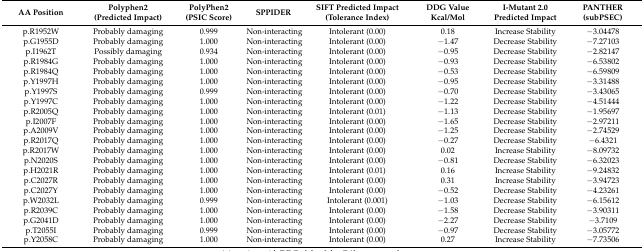
<table><thead><tr><td><b>AA Position</b></td><td><b>Polyphen2 (Predicted Impact)</b></td><td><b>PolyPhen2 (PSIC Score)</b></td><td><b>SPPIDER</b></td><td><b>SIFT Predicted Impact (Tolerance Index)</b></td><td><b>DDG Value Kcal/Mol</b></td><td><b>I-Mutant 2.0 Predicted Impact</b></td><td><b>PANTHER (subPSEC)</b></td></tr></thead><tbody><tr><td>p.R1952W</td><td>Probably damaging</td><td>0.999</td><td>Non-interacting</td><td>Intolerant (0.00)</td><td>0.18</td><td>Increase Stability</td><td>−3.04478</td></tr><tr><td>p.G1955D</td><td>Probably damaging</td><td>1.000</td><td>Non-interacting</td><td>Intolerant (0.00)</td><td>−1.47</td><td>Decrease Stability</td><td>−7.27103</td></tr><tr><td>p.I1962T</td><td>Possibly damaging</td><td>0.934</td><td>Non-interacting</td><td>Intolerant (0.00)</td><td>−0.95</td><td>Decrease Stability</td><td>−2.82147</td></tr><tr><td>p.R1984G</td><td>Probably damaging</td><td>1.000</td><td>Non-interacting</td><td>Intolerant (0.00)</td><td>−0.93</td><td>Decrease Stability</td><td>−6.53802</td></tr><tr><td>p.R1984Q</td><td>Probably damaging</td><td>1.000</td><td>Non-interacting</td><td>Intolerant (0.00)</td><td>−0.53</td><td>Decrease Stability</td><td>−6.59809</td></tr><tr><td>p.Y1997H</td><td>Probably damaging</td><td>1.000</td><td>Non-interacting</td><td>Intolerant (0.00)</td><td>−0.95</td><td>Decrease Stability</td><td>−3.31488</td></tr><tr><td>p.Y1997S</td><td>Probably damaging</td><td>0.999</td><td>Non-interacting</td><td>Intolerant (0.00)</td><td>−0.70</td><td>Decrease Stability</td><td>−3.43065</td></tr><tr><td>p.Y1997C</td><td>Probably damaging</td><td>1.000</td><td>Non-interacting</td><td>Intolerant (0.00)</td><td>−1.22</td><td>Decrease Stability</td><td>−4.51444</td></tr><tr><td>p.R2005Q</td><td>Probably damaging</td><td>1.000</td><td>Non-interacting</td><td>Intolerant (0.01)</td><td>−1.13</td><td>Decrease Stability</td><td>−1.95697</td></tr><tr><td>p.I2007F</td><td>Probably damaging</td><td>1.000</td><td>Non-interacting</td><td>Intolerant (0.00)</td><td>−1.65</td><td>Decrease Stability</td><td>−2.97211</td></tr><tr><td>p.A2009V</td><td>Probably damaging</td><td>1.000</td><td>Non-interacting</td><td>Intolerant (0.00)</td><td>−1.25</td><td>Decrease Stability</td><td>−2.74529</td></tr><tr><td>p.R2017Q</td><td>Probably damaging</td><td>1.000</td><td>Non-interacting</td><td>Intolerant (0.00)</td><td>−0.27</td><td>Decrease Stability</td><td>−6.4321</td></tr><tr><td>p.R2017W</td><td>Probably damaging</td><td>1.000</td><td>Non-interacting</td><td>Intolerant (0.00)</td><td>0.02</td><td>Increase Stability</td><td>−8.09732</td></tr><tr><td>p.N2020S</td><td>Probably damaging</td><td>1.000</td><td>Non-interacting</td><td>Intolerant (0.00)</td><td>−0.81</td><td>Decrease Stability</td><td>−6.32023</td></tr><tr><td>p.H2021R</td><td>Probably damaging</td><td>1.000</td><td>Non-interacting</td><td>Intolerant (0.01)</td><td>0.16</td><td>Increase Stability</td><td>−9.24832</td></tr><tr><td>p.C2027R</td><td>Probably damaging</td><td>1.000</td><td>Non-interacting</td><td>Intolerant (0.00)</td><td>0.31</td><td>Increase Stability</td><td>−3.94723</td></tr><tr><td>p.C2027Y</td><td>Probably damaging</td><td>1.000</td><td>Non-interacting</td><td>Intolerant (0.00)</td><td>−0.52</td><td>Decrease Stability</td><td>−4.23261</td></tr><tr><td>p.W2032L</td><td>Probably damaging</td><td>0.999</td><td>Non-interacting</td><td>Intolerant (0.001)</td><td>−1.03</td><td>Decrease Stability</td><td>−6.15612</td></tr><tr><td>p.R2039C</td><td>Probably damaging</td><td>1.000</td><td>Non-interacting</td><td>Intolerant (0.00)</td><td>−1.58</td><td>Decrease Stability</td><td>−3.90311</td></tr><tr><td>p.G2041D</td><td>Probably damaging</td><td>1.000</td><td>Non-interacting</td><td>Intolerant (0.00)</td><td>−2.27</td><td>Decrease Stability</td><td>−3.7109</td></tr><tr><td>p.T2055I</td><td>Probably damaging</td><td>0.999</td><td>Non-interacting</td><td>Intolerant (0.00)</td><td>−0.97</td><td>Decrease Stability</td><td>−3.05772</td></tr><tr><td>p.Y2058C</td><td>Probably damaging</td><td>1.000</td><td>Non-interacting</td><td>Intolerant (0.00)</td><td>0.27</td><td>Increase Stability</td><td>−7.73506</td></tr></tbody></table>